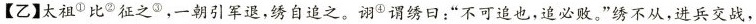
【乙】太祖^{①}比^{②}征之^{③}，一朝引军退，绣自追之。诩^{④}谓绣日：”不可追也，追必败。”绣不从，进兵交战，